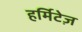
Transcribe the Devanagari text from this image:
हर्मिटेज़